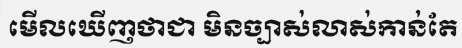
មើលឃើញថាជា មិនច្បាស់លាស់កាន់តែ